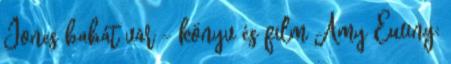
​Jones babát vár - könyv és film Amy Ewing: